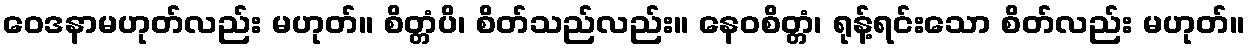
ဝေဒနာမဟုတ်လည်း မဟုတ်။ စိတ္တံပိ၊ စိတ်သည်လည်း။ နေဝစိတ္တံ၊ ရုန့်ရင်းသော စိတ်လည်း မဟုတ်။